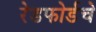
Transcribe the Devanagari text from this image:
रेडफोर्डचे